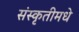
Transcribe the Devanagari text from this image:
संस्कृतीमधे